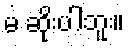
မ ဆိုးပါဘူး။